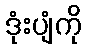
ဒုံးပျံကို